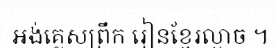
អង់គ្លេសព្រឹក រៀនខ្មែរល្ងាច ។